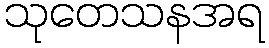
သုတေသနအရ